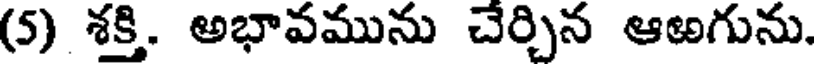
(5) శక్తి. అభావమును చేర్చిన ఆఱగును.